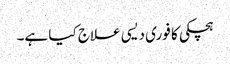
ہچکی کا فوری دیسی علاج کیا ہے۔